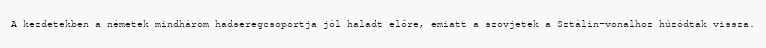
A kezdetekben a németek mindhárom hadseregcsoportja jól haladt előre, emiatt a szovjetek a Sztálin-vonalhoz húzódtak vissza.